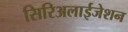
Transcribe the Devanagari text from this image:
सिरिअलाईजेशन